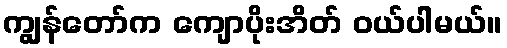
ကျွန်တော်က ကျောပိုးအိတ် ဝယ်ပါမယ်။